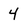
Character: 4